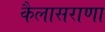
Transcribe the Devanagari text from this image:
कैलासराणा